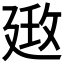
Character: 𢌦